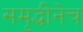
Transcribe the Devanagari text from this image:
समृद्धीनेच